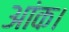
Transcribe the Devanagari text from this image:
आंक।